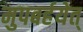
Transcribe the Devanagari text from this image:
मुपबर्हयेत्